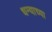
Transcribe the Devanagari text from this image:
धन्याच्या